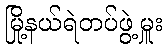
မြို့နယ်ရဲတပ်ဖွဲ့မှူး